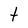
Character: t